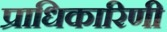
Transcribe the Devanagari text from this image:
प्राधिकारिणी